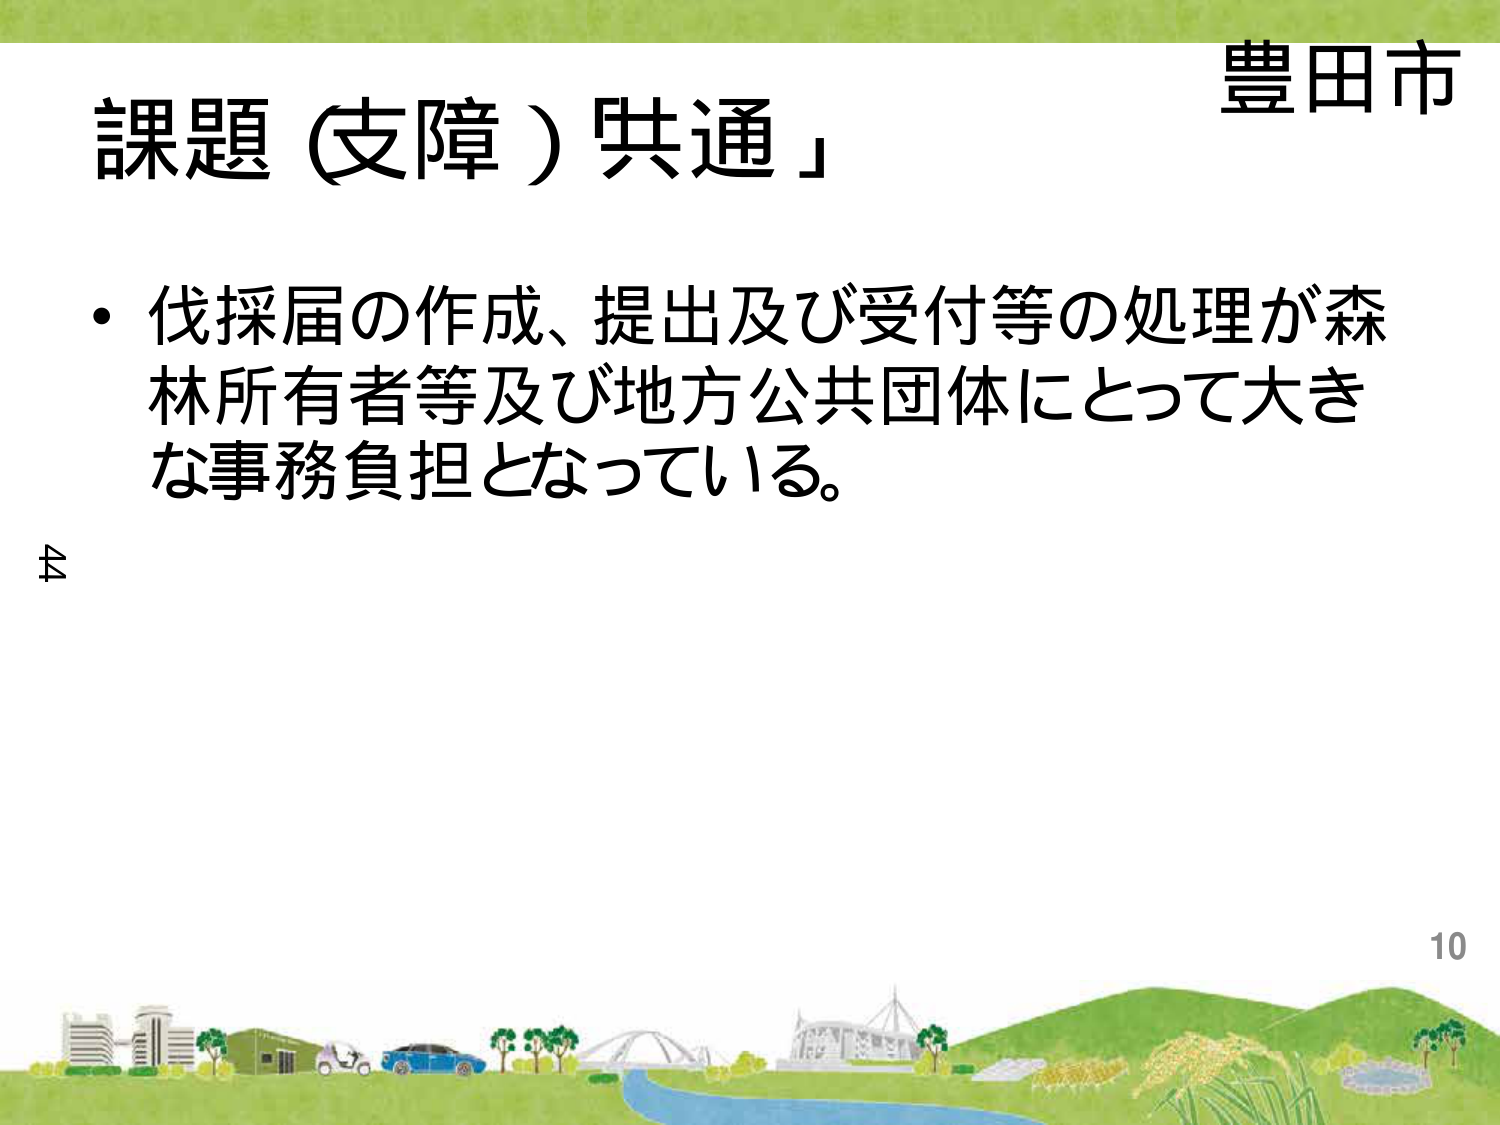
豊田市
課題（支障）共通」
・伐採届の作成、提出及び受付等の処理が森林所有者等及び地方公共団体にとって大きな事務負担となっている。
4
10